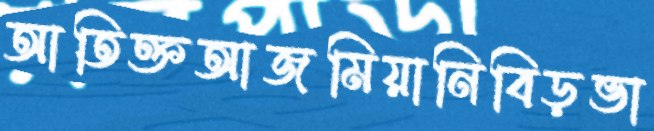
আতিক্তআজমিয়ানিবিড়ভা